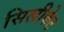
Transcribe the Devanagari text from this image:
सिलीकेट